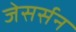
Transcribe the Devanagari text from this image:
जेसर्सन